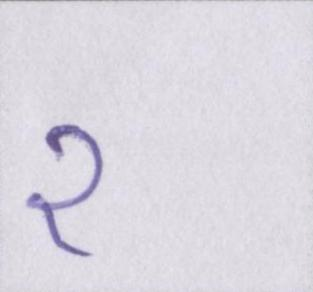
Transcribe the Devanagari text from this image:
२